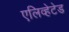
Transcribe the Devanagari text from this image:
एलिव्हेटेड